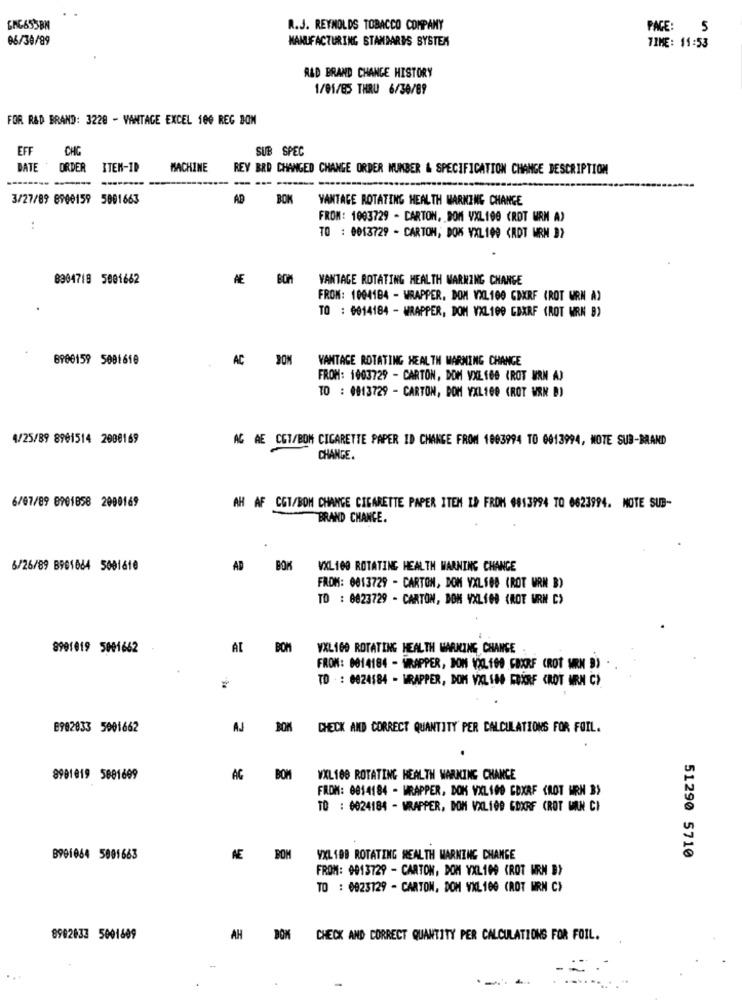
R.J. REYNOLDS TOBACCO COMPANY
PAGE: 5
06/30/99
MANUFACTURING STANDARDS SYSTEM
TIME: 11:53
RAD BRAND CHANGE HISTORY
1/01/85 THRU 6/30/89
FOR R&D BRAND: 3228 - VANTAGE EXCEL 100 REG BON
EFF
CHG
SUB SPEC
DATE * ORDER
ITEM-ID
MACHINE
REY BRD CHANGED CHANGE ORDER NUMBER & SPECIFICATION CHANGE DESCRIPTION
3/27/89 8900159 5001663
AD
BON
VANTAGE ROTATING HEALTH MARKING CHANGE
FROM: 1003729 - CARTON, SOM VXL100 (ROT URN A)
:
TO : 0013729 - CARTOM, DOK VXL 199 <RDT MRN 3)
8304718 5001662
VANTAGE ROTATING HEALTH WARNING CHANGE
FROM: 1004184 - WRAPPER. DOM VXL100 CDXRF (ROT WRN A)
TO : 0014184 - WRAPPER, DOM VXL100 CBXRF (ROT WRN B)
8900159 5001618
AC
VANTAGE ROTATING HEALTH WARNING CHANGE
FROM: 1003729 - CARTON, DOM VXL 160 (ROT URN A)
TO : 0013729 - CARTON, DOM YXL100 (ROT WRN B)
4/25/89 8901514 2088169
AC AE CET/BOM CIGARETTE PAPER ID CHANGE FROM 1003994 TO 0013994, NOTE SUB-BRAND
CHANGE.
6/07/89 8901858 2000169
AH AF CGT/BOM CHANGE CIGARETTE PAPER ITEM ID FROM 0813994 TO 0623994. NOTE SUB-
BRAND CHANGE.
6/26/89 B901064 5001610
AD BOK
VXL100 ROTATING HEALTH WARNING CHANCE
FROM: 0013729 - CARTON, DOM VXLSBB (ROT WRN B)
TO : 0823729 - CARTON, DON VXLIG8 (ROT MRN C)
8991019 5001662
AL
BOM
VXL169 ROTATING HEALTH WARNING CHANGE
FROM: 0014184 - WRAPPER, JON V2.109 CBXRF CROT MRN 3)
TD - : 0024184 - WRAPPER, DOM VXL180 MXRF CROT MRN C)
8902033 5001662
AJ
BOM CHECK AND CORRECT QUANTITY PER CALCULATIONS FOR FOIL.
8901019 5881699
AG BOM
VXL100 ROTATING HEALTH WARNING CHANCE
FROM: 0014184 - WRAPPER, DOK VXL100 COXRF CROT URN B>
TO : 0024184 - WRAPPER, DOM VXL100 GOXRF CROT WIN C)
B901064 5001663
NE
BOM
VXL100 ROTATING HEALTH WARNING CHANGE
51290 5710
FROM: 0013729 - CARTON, DOM YXL109 (ROT HRM D)
TO : 0023129 - CARTON, DOM VXL 100 (ROT MRN C)
8902833 5001609
AH
BOK
CHECK AND CORRECT QUANTITY PER CALCULATIONS FOR FOIL.